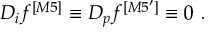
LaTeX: D _ { i } f ^ { [ M 5 ] } \equiv D _ { p } f ^ { [ M 5 ^ { \prime } ] } \equiv 0 ~ .